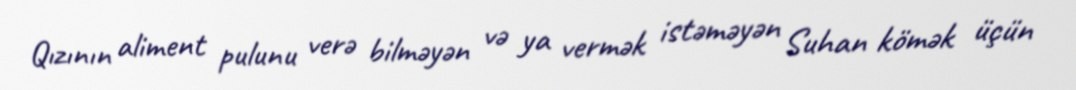
Qızının aliment pulunu verə bilməyən və ya vermək istəməyən Suhan kömək üçün